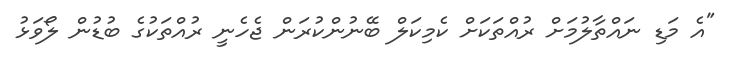
"އެ މަޑި ނައްތާލުމަށް ރުއްތަކަށް ކެމިކަލް ބޭނުންކުރަން ޖެހެނީ ރުއްތަކުގެ ބުޑުން ލޯވަޅު